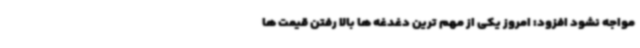
مواجه نشود افزود: امروز یکی از مهم ترین دغدغه ها بالا رفتن قیمت ها